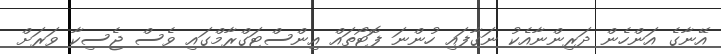
އޭނާގެ އަންހެން ދަރިންނާއެކު ނަގާފައި ހުންނަ ފޮޓޯތައް އިންސްޓަގްރާމްގައި ވެސް ޖެސިކާ ވަރަށް